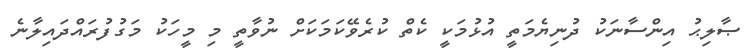
ޞާލިޙު އިންސާނަކު ދުނިޔެމަތީ އުޅުމަކީ ކެތް ކުރެވޭކަމަކަށް ނުވާތީ މި މީހަކު މަގުފުރައްދައިލާނެ